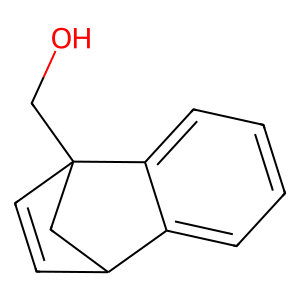
SMILES: OCC12C=CC(C1)c1ccccc12
Inhibits HIV replication: No